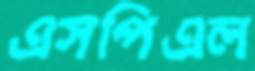
এসপিএল